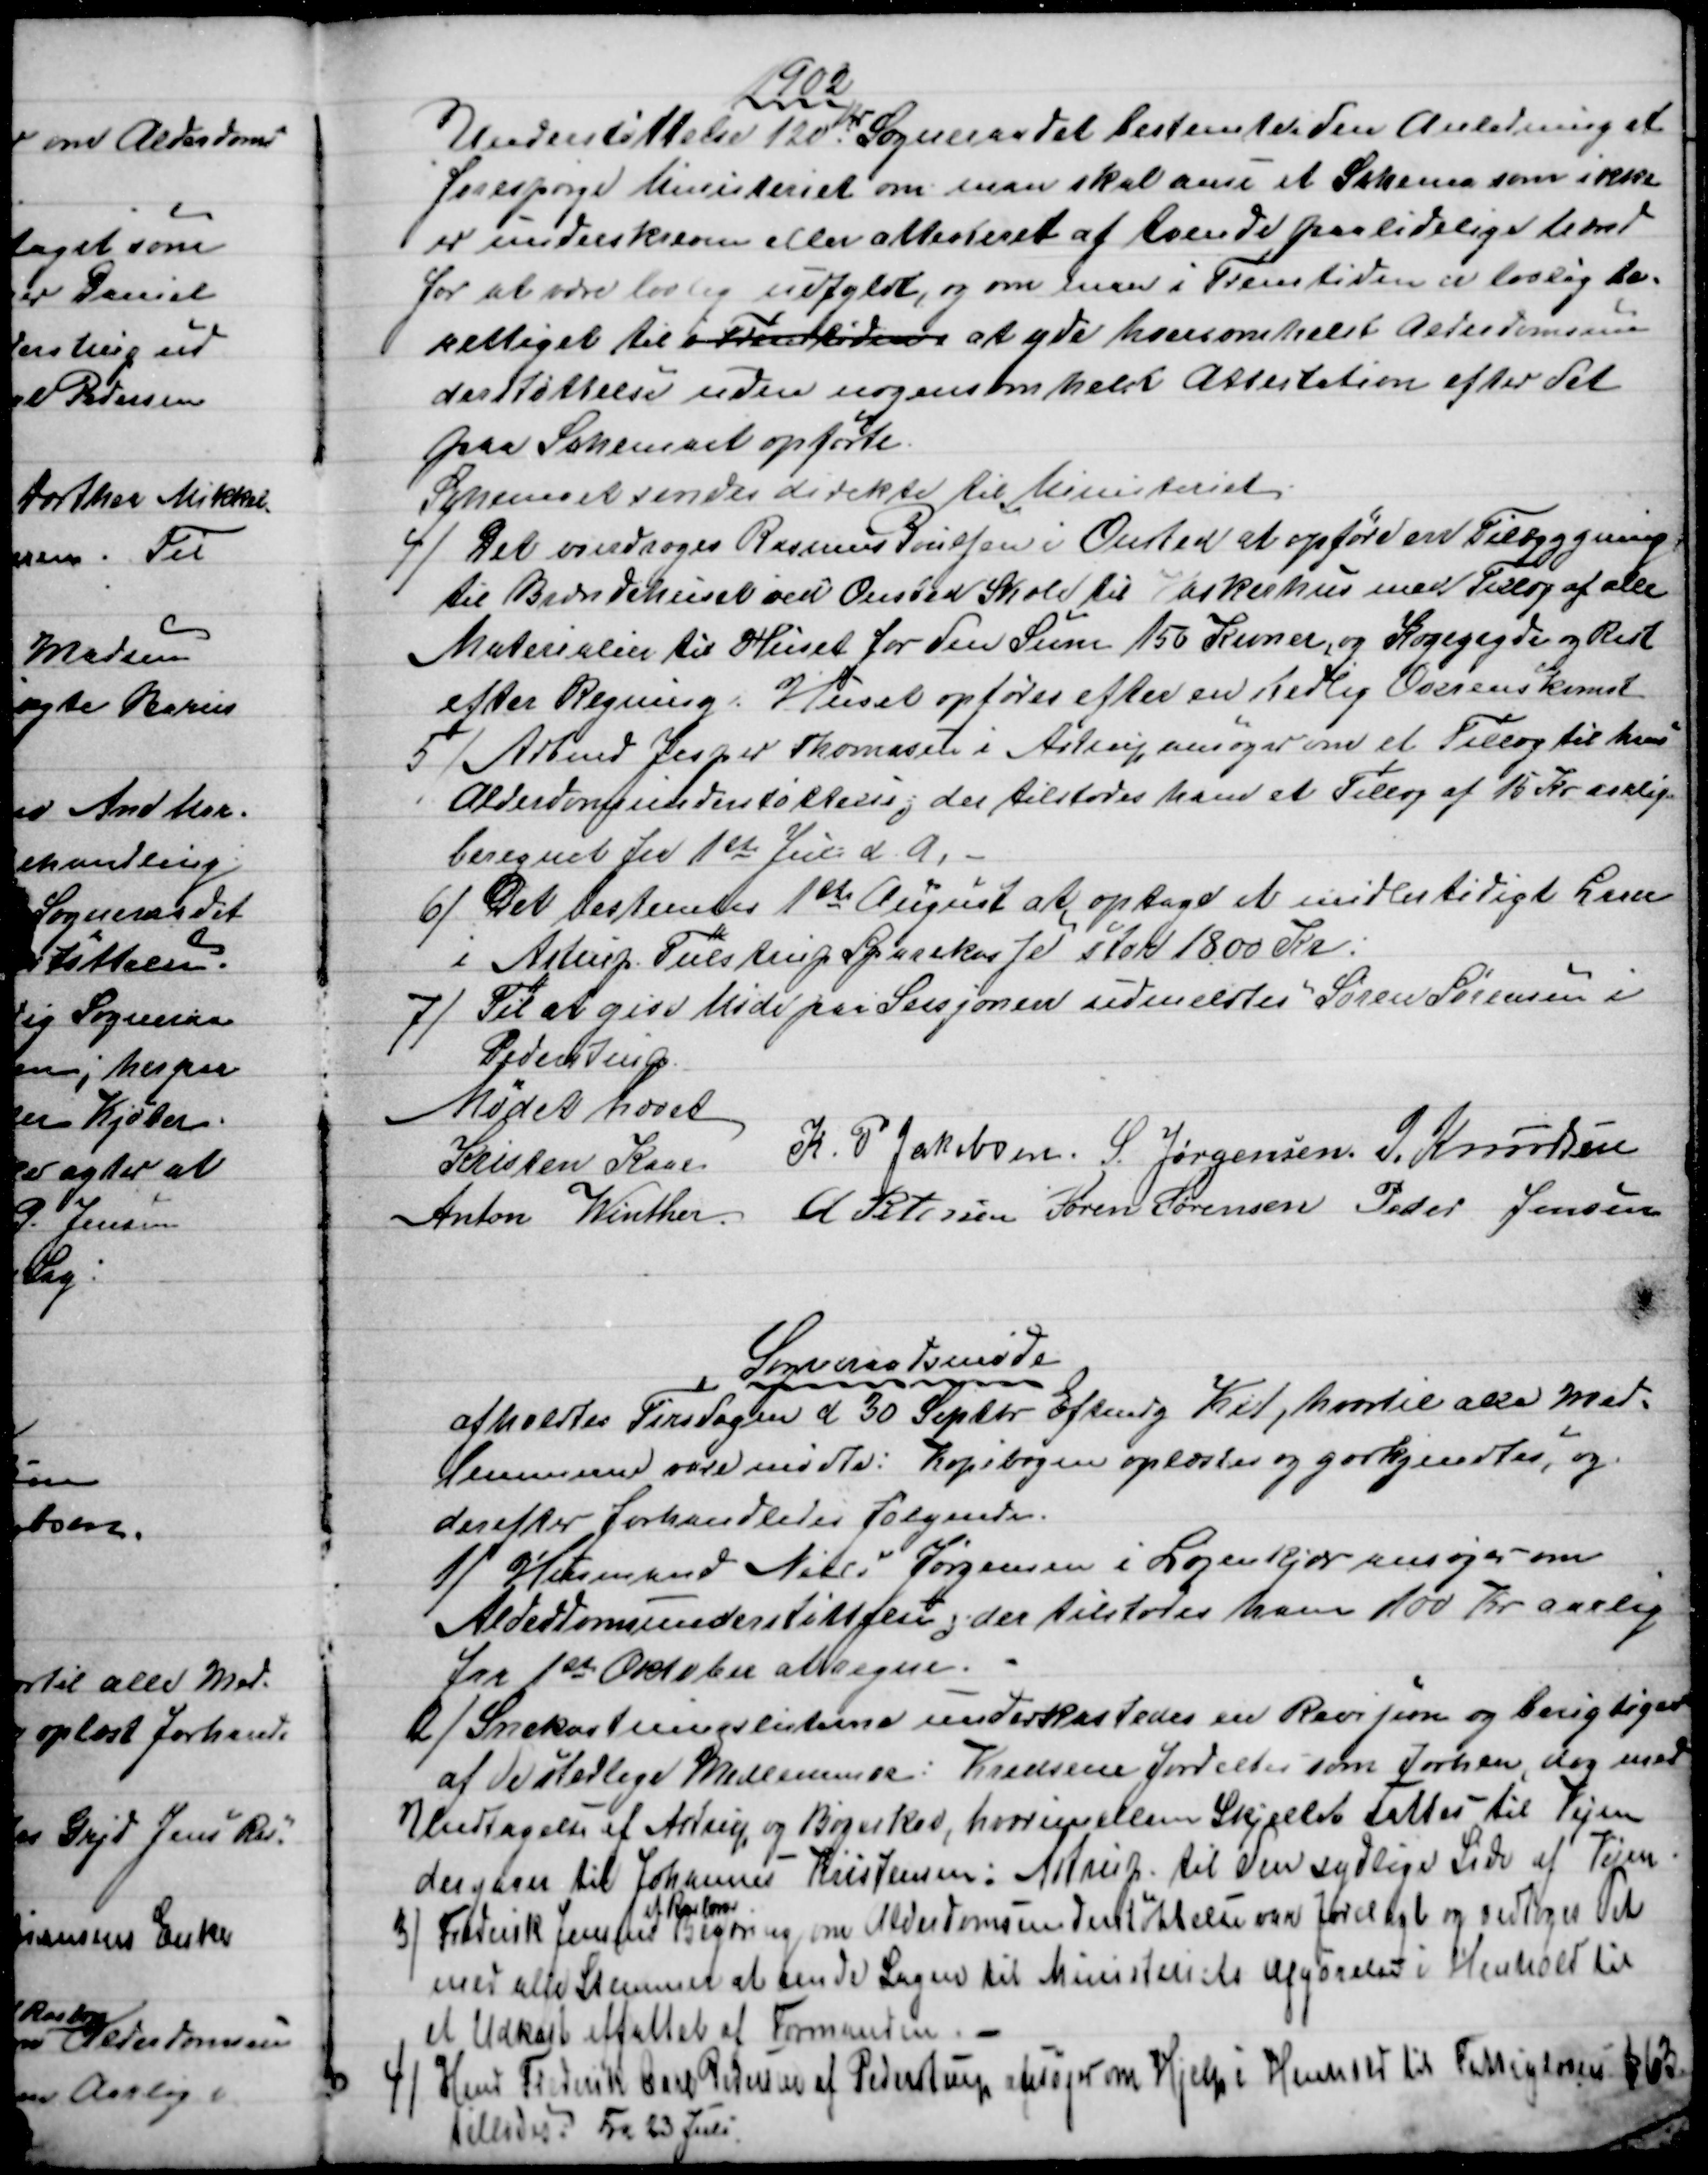
Transskription:
1902
Understøttelse 120 
Kr
Sogneraadet bestemte i den Anledning at
forespørge Ministeriet om man skal anse et Schema som ikke
er underskreven eller attesteret af tvende paalidelige Mænd
for at være lovlig udfyldt, og om man i Fremtiden er lovlig be=
rettiget til i Fremtiden at yde hvemsomhelst Alderdomsun
derstøttelse uden nogensomhelst Attestation efter det
paa Schemaet opførte
Schemaet sendes direkte til Ministeriet
4)
Det overdroges Rasmus Poulsen i Onsted at opføre en Tilbyggning,
til Brændehuset ved Onsted Skole til Vaskerhus med Tillæg af alle
Materialer til Huset for den Sum 150 Kroner, og Kogegryde og Rist
efter Regning. Huset opføres efter en stedlig Overenskomst.
5) 
Arbmd Jesper Thomasen i Astrup ansøger om et Tillæg til hans
Alderdomsunderstøttelse, der tilstodes ham et Tillæg af 15 Kr aarlig
beregnet fra 1ste Juli d. A. 
6) 
Det bestemtes 1ste August at optage et midlertidigt Laan
i Astrup Tulstrup Sparekasse stor 1800 Kr.
7) 
Til at give Møde paa Sessjonen udmeldtes Søren Sørensen i
Pederstrup.
Mødet hævet
Kristen Kaae
K. P. Jakobsen. S. Jørgensen J. Knudsen
Anton Winther
A Petersen Søren Sørensen Peder Jensen
Sogneraadsmøde
afholdtes Tirsdagen d 30 Septbr. Eftmdg Kl 1, hvortil alle Med=
lemmerne vare mødte. Kopibogen oplæstes og godkjendtes, og
derefter forhandledes følgende.
1) 
Husmand Niels Jørgensen i Løjenkjær ansøger om
Alderdomsunderstøttelse; der tilstodes ham 100 Kr aarlig
fra 1ste Oktober at regne.
2) 
Snekastningslisterne underkastedes en Revisjon og berigtigedes
af de stedlige Medlemmer: Kredsene fordeltes som forhen dog med
Undtagelse af Astrup og Bøgeskov, hvorimellem Skjellet sattes til Vejen
der gaar til Johannes Kristensen i Astrup til den sydlige Side af Vejen.
3) 
Frederik Jensens
af Rasborg
Begæring om Alderdomsunderstøttelse var forelagt og vedtoges det
med alle Stemmer at sende Sagen til Ministeriets Afgørelse i Henhold til
et Udkast affattet af Formanden. 
4)
Hmd Frederik Carl Pedersen af Pederstrup ansøger om Hjelp i Henhold til Fattigloven § 63
tillodes: Fra 23 Juli.